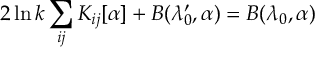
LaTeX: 2 \ln k \sum _ { i j } K _ { i j } [ \alpha ] + B ( \lambda _ { 0 } ^ { \prime } , \alpha ) = B ( \lambda _ { 0 } , \alpha )